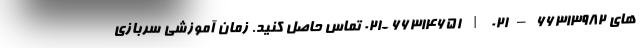
های ۶۶۳۱۳۹۸۲ – ۰۲۱ | ۶۶۳۱۴۶۵۱ -۰۲۱ تماس حاصل کنید. زمان آموزشی سربازی